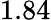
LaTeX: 1.84